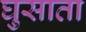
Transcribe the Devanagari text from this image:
घुसाता